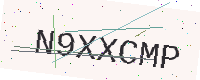
Text: N9XXCMP